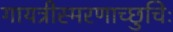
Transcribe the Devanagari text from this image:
गायत्रीस्मरणाच्छुचिः